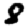
Digit: 8